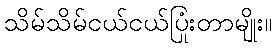
သိမ်သိမ်ငယ်ငယ်ပြုံးတာမျိုး။